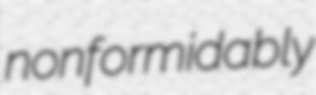
nonformidably